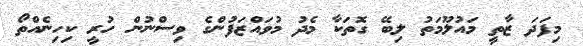
މިފަދަ ޒާތީ މައުލޫމަތު ލިބޭ ގޮތަކާ މެދު މުވައްޒަފުންގެ ވިސްނުން ހުރީ ކިހިނެއްތޯ